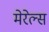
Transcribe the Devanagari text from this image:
मेरेल्स